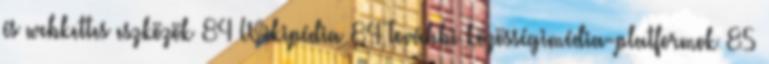
és webkettes eszközök 84 Wikipédia 84 További közösségimédia-platformok 85